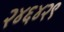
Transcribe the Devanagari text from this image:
२४६४२९